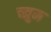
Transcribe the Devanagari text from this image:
च्नुम